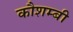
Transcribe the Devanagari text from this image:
कौशम्बी